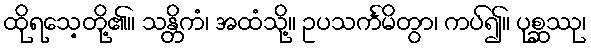
ထိုရသေ့တို့၏။ သန္တိကံ၊ အထံသို့။ ဥပသင်္ကမိတွာ၊ ကပ်၍။ ပုစ္ဆဿု၊